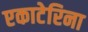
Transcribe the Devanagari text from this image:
एकाटेरिना